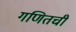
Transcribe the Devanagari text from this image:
गणितची